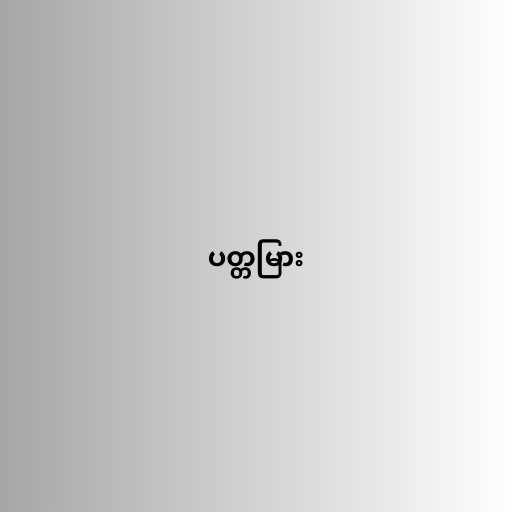
ပတ္တမြား